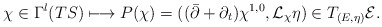
\begin{align*}\chi\in\Gamma^l(TS)\longmapsto P(\chi)=((\bar\partial+\partial_t)\chi^{1,0},\mathcal L_\chi\eta)\in T_{(E,\eta)}\mathcal E.\end{align*}